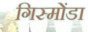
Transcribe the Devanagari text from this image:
गिस्मोंडा